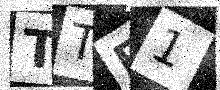
Text: TTF1